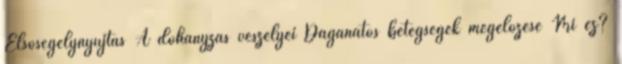
Elsősegélynyújtás A dohányzás veszélyei Daganatos betegségek megelőzése Mi ez?